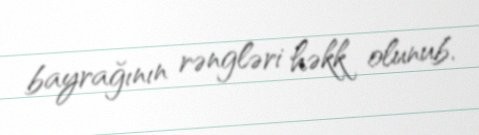
bayrağının rəngləri həkk olunub.